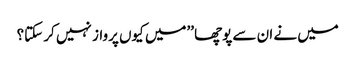
میں نے ان سے پوچھا ’’میں کیوں پرواز نہیں کر سکتا؟